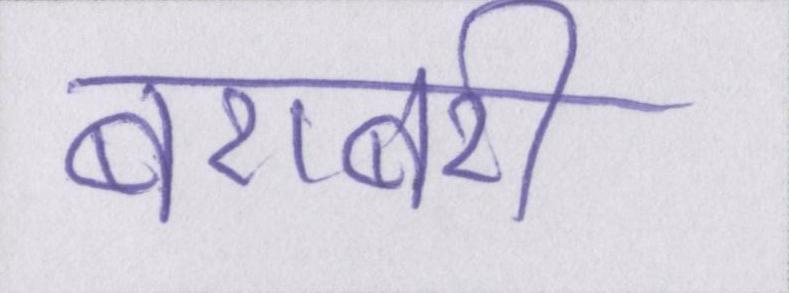
बराबरी